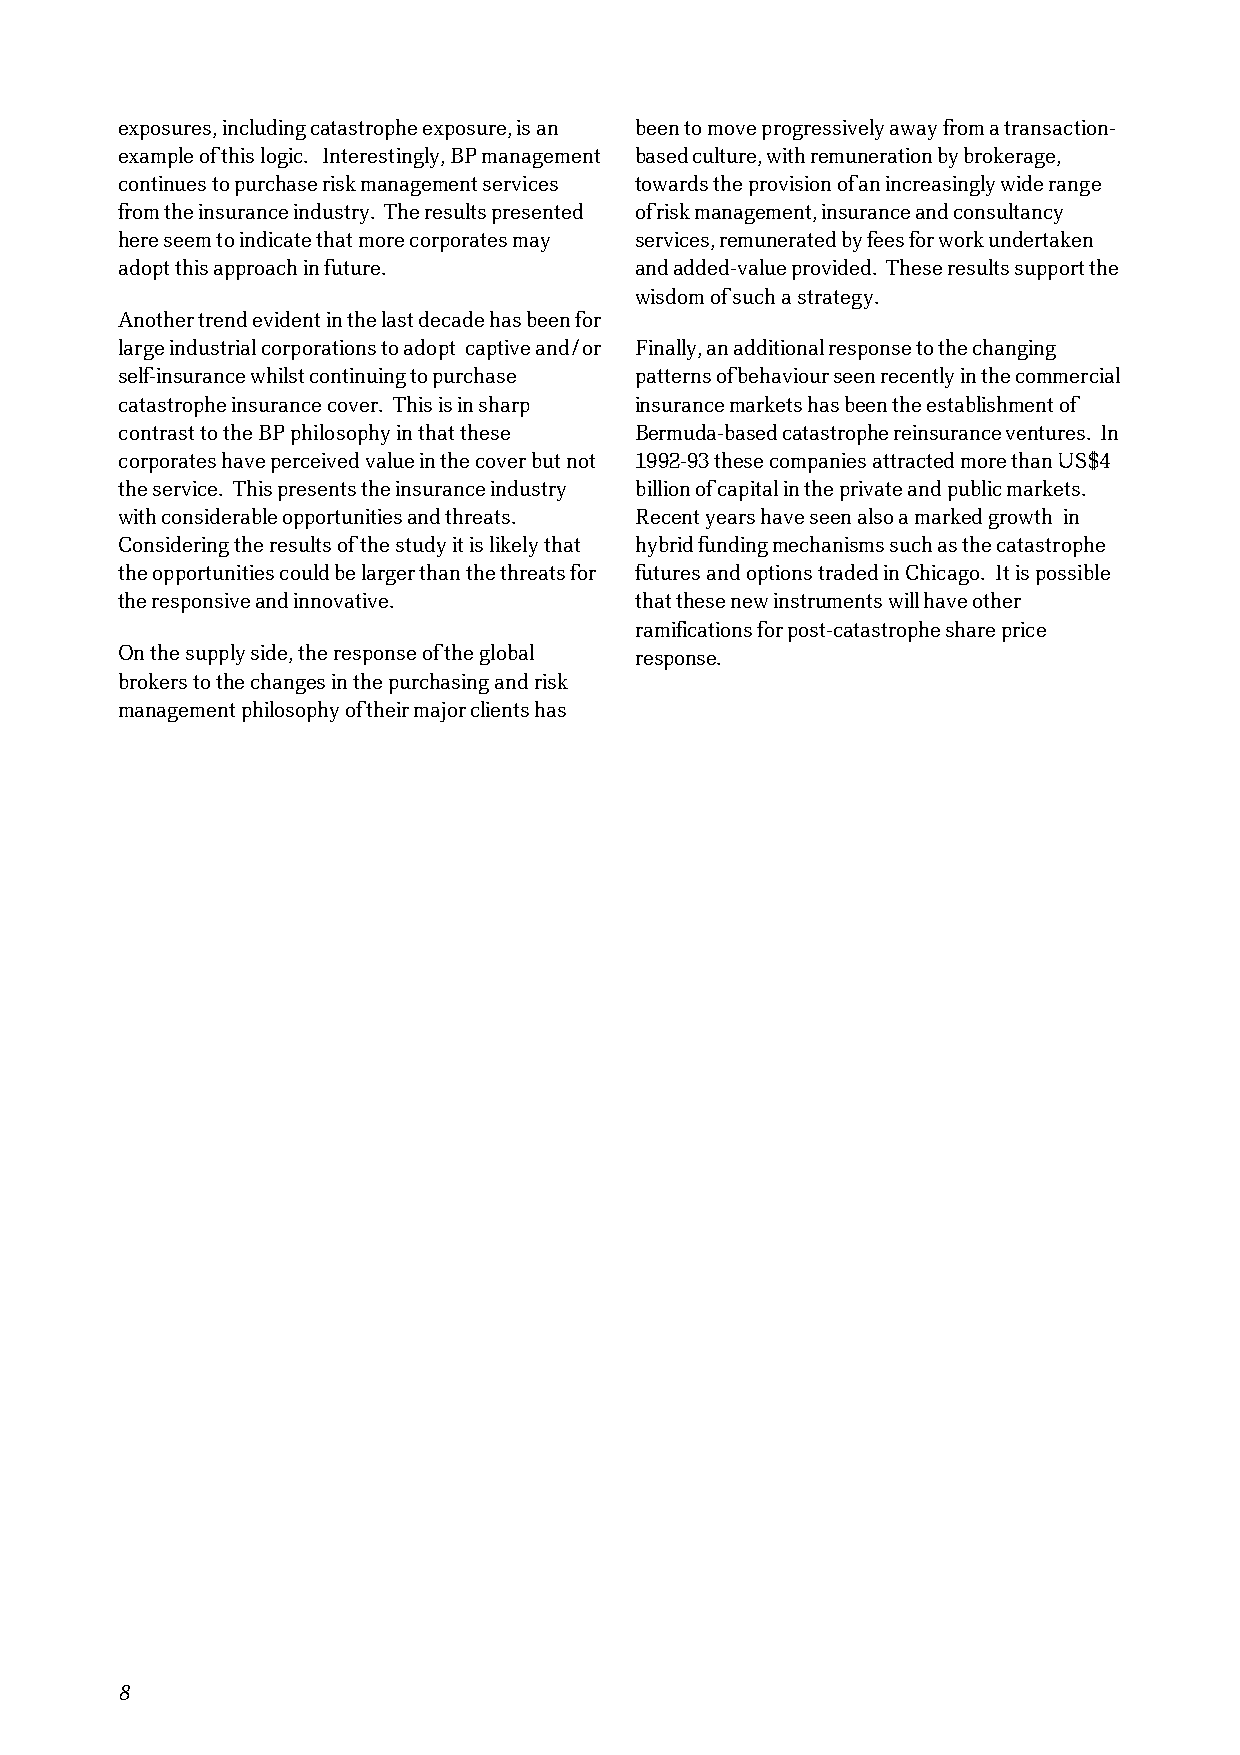
exposures, including catastrophe exposure, is an been to move progressively away from a transaction-
 example of this logic. Interestingly, BP management based culture, with remuneration by brokerage,
 continues to purchase risk management services towards the provision of an increasingly wide range
 from the insurance industry. The results presented of risk management, insurance and consultancy
 here seem to indicate that more corporates may services, remunerated by fees for work undertaken
 adopt this approach in future.    and added-value provided. These results support the
 wisdom of such a strategy.
 Another trend evident in the last decade has been for
 large industrial corporations to adopt captive and/or Finally, an additional response to the changing
 self-insurance whilst continuing to purchase patterns of behaviour seen recently in the commercial
 catastrophe insurance cover. This is in sharp insurance markets has been the establishment of
 contrast to the BP philosophy in that these Bermuda-based catastrophe reinsurance ventures. In
 corporates have perceived value in the cover but not 1992-93 these companies attracted more than US$4
 the service. This presents the insurance industry billion of capital in the private and public markets.
 with considerable opportunities and threats. Recent years have seen also a marked growth in
 Considering the results of the study it is likely that hybrid funding mechanisms such as the catastrophe
 the opportunities could be larger than the threats for futures and options traded in Chicago. It is possible
 the responsive and innovative.    that these new instruments will have other
 ramifications for post-catastrophe share price
 On the supply side, the response of the global response.
 brokers to the changes in the purchasing and risk
 management philosophy of their major clients has
 8